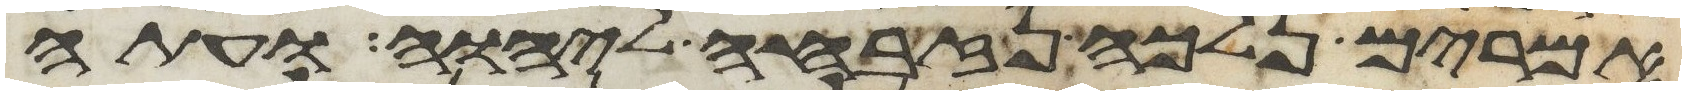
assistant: אמרים נלכה נזבחה ליהוה ועתה